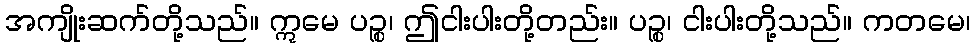
အကျိုးဆက်တို့သည်။ ဣမေ ပဉ္စ၊ ဤငါးပါးတို့တည်း။ ပဉ္စ၊ ငါးပါးတို့သည်။ ကတမေ၊